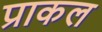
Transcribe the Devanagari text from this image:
प्राकल